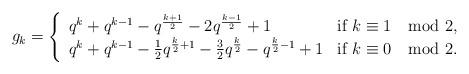
LaTeX: \begin{align*}g_k = \left\{ \begin{array}{ll} q^k+q^{k-1}-q^\frac{k+1}{2} - 2q^\frac{k-1}{2}+1 & \mbox{if } k \equiv 1 \mod 2,\\ q^k+q^{k-1}-\frac{1}{2}q^{\frac{k}{2}+1} - \frac{3}{2}q^{\frac{k}{2}}-q^{\frac{k}{2}-1} +1& \mbox{if } k \equiv 0 \mod 2. \end{array} \right .\end{align*}